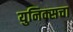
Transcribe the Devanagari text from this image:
युनिक्सचा